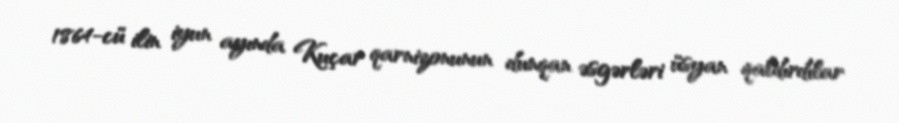
1864-cü ilin iyun ayında Kuçar qarnizonunun dunqan əsgərləri üsyan qaldırdılar